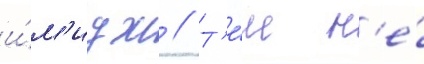
и́м'идж // Т'е́м н'е́